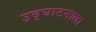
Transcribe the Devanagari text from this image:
उद्घाटनाला